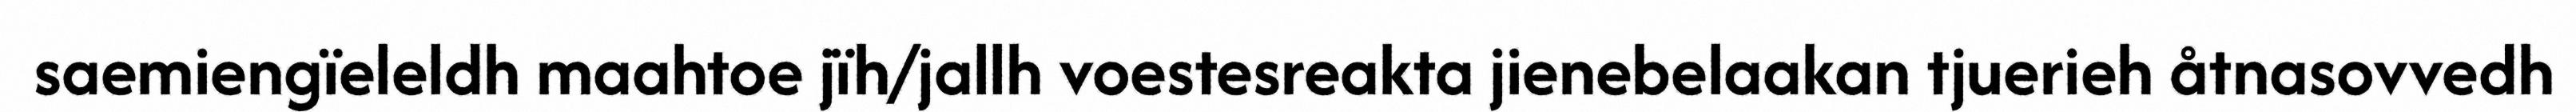
saemiengïeleldh maahtoe jïh/jallh voestesreakta jienebelaakan tjuerieh åtnasovvedh